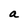
Character: a